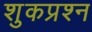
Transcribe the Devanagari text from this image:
शुकप्रश्न